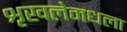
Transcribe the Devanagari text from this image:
शृखलेमधला